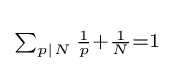
\scriptstyle \sum _{p|N}{\frac {1}{p}}+{\frac {1}{N}}=1